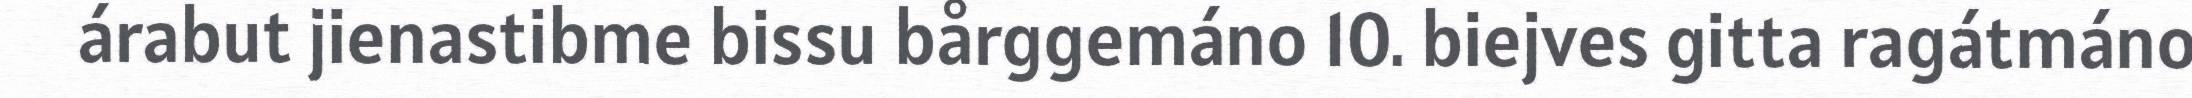
árabut jienastibme bissu bårggemáno 10. biejves gitta ragátmáno